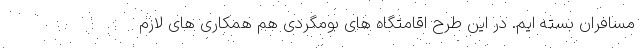
مسافران بسته ایم. در این طرح اقامتگاه های بومگردی هم همکاری های لازم